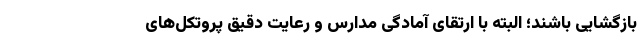
بازگشایی باشند؛ البته با ارتقای آمادگی مدارس و رعایت دقیق پروتکل‌های